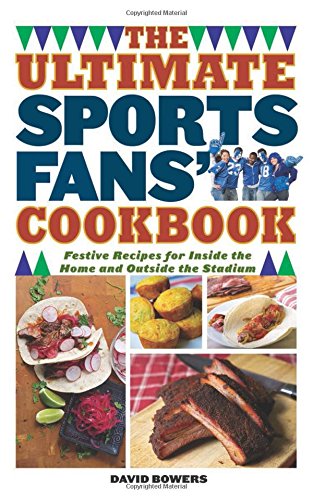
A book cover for The Ultimate Sports Fans' Cookbook: Festive Recipes for Inside the Home and Outside the Stadium; David Bowers; Cookbooks, Food & Wine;